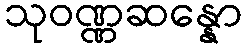
သုဝဏ္ဏဆန္နော